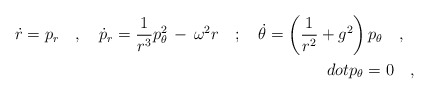
\begin{align*}\dot{r}=p_r\ \ \ ,\ \ \ \dot{p}_r=\frac{1}{r^3}p^2_\theta\,-\,\omega^2r\ \ \ ;\ \ \ \dot{\theta}=\left(\frac{1}{r^2}+g^2\right)p_\theta\ \ \ ,\ \ \\dot{p}_\theta=0\ \ \ ,\end{align*}